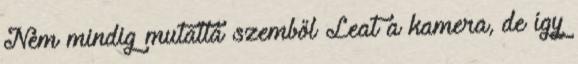
Nem mindig mutatta szemből Leat a kamera, de így